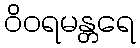
ဝိဝရမန္တရေ